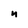
Character: n